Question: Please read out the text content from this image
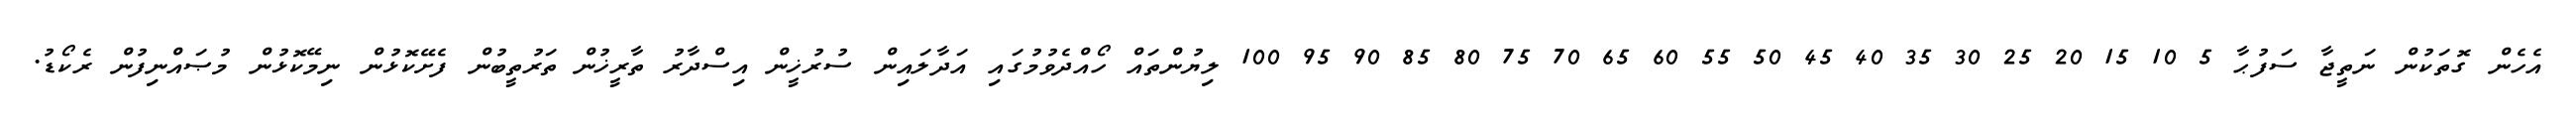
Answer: އެހެން ގޮތަކުން ނަތީޖާ ސަފުޙާ 5 10 15 20 25 30 35 40 45 50 55 60 65 70 75 80 85 90 95 100 ލިޔުންތައް ހޯއްދެވުމުގައި އަދާލައިން ސުރުޚީން އިސްދާރު ތާރީޚުން ތަރުތީބުން ފެށޭކޮޅުން ނިމޭކޮޅުން މުޞައްނިފުން ރެކޯޑު.